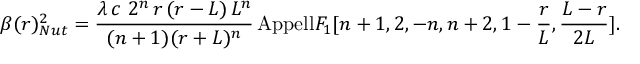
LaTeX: \beta ( r ) _ { N u t } ^ { 2 } = \frac { \lambda \, c \, \, 2 ^ { n } \, r \, ( r - L ) \, L ^ { n } } { ( n + 1 ) ( r + L ) ^ { n } } \, \mathrm { { A p p e l l } } F _ { 1 } [ n + 1 , 2 , - n , n + 2 , 1 - \frac { r } { L } , \frac { L - r } { 2 L } ] .